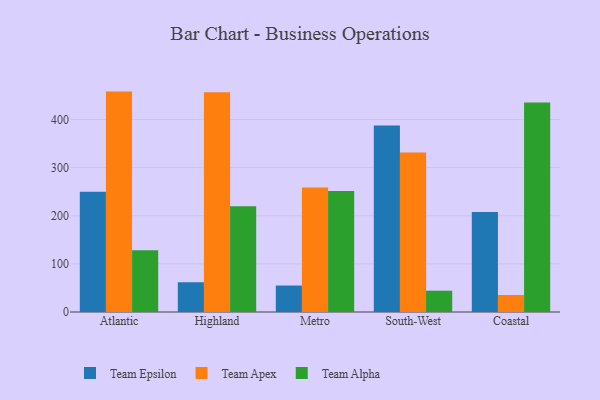
{"axis": {"x": "Region", "y": "Customer Acquisition Cost (USD)"}, "legend": ["Team Alpha", "Team Apex", "Team Epsilon"], "data": [{"x": "Atlantic", "y": 249.8, "type": "Team Epsilon"}, {"x": "Atlantic", "y": 457.9, "type": "Team Apex"}, {"x": "Atlantic", "y": 128.5, "type": "Team Alpha"}, {"x": "Highland", "y": 61.8, "type": "Team Epsilon"}, {"x": "Highland", "y": 456.4, "type": "Team Apex"}, {"x": "Highland", "y": 219.6, "type": "Team Alpha"}, {"x": "Metro", "y": 55.0, "type": "Team Epsilon"}, {"x": "Metro", "y": 258.4, "type": "Team Apex"}, {"x": "Metro", "y": 251.4, "type": "Team Alpha"}, {"x": "South-West", "y": 387.5, "type": "Team Epsilon"}, {"x": "South-West", "y": 331.3, "type": "Team Apex"}, {"x": "South-West", "y": 44.3, "type": "Team Alpha"}, {"x": "Coastal", "y": 207.8, "type": "Team Epsilon"}, {"x": "Coastal", "y": 35.3, "type": "Team Apex"}, {"x": "Coastal", "y": 435.1, "type": "Team Alpha"}]}